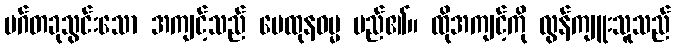
မဂ်တခုသွင်းသော အကျင့်သည် မေထုနဓမ္မ မည်၏။ ထိုအကျင့်ကို လွန်ကျူးသူသည်